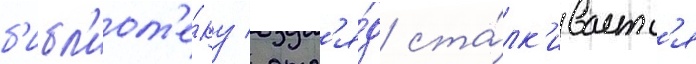
б'ибл'иот'е́ку / отр'я́д ста́лк'иваетс'я